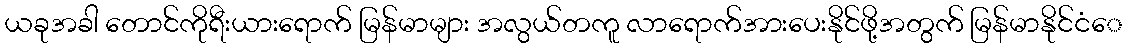
ယခုအခါ တောင်ကိုရီးယားရောက် မြန်မာများ အလွယ်တကူ လာရောက်အားပေးနိုင်ဖို့အတွက် မြန်မာနိုင်ငံေ